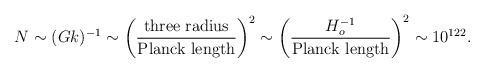
\begin{align*}N \sim (G k)^{-1} \sim \left ({{\rm three \ radius}\over{\rm Planck \ length}}\right )^2 \sim \left ({H_o^{-1}\over{\rm Planck \ length}}\right )^2 \sim 10^{122}.\end{align*}